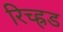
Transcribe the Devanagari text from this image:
रिच्ह्रड